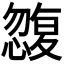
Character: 𭞿